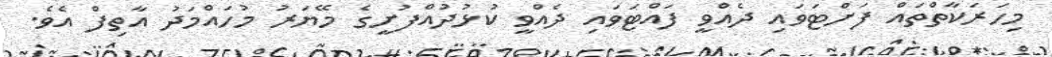
މިހަރަކާތްތައް ފަށްޓަވައި ދެއްވީ ފައްޓަވައި ދެއްވީ ކުޅުދުއްފުށީގެ މޭޔަރު މުހައްމަދު އާތިފް އެވެ.